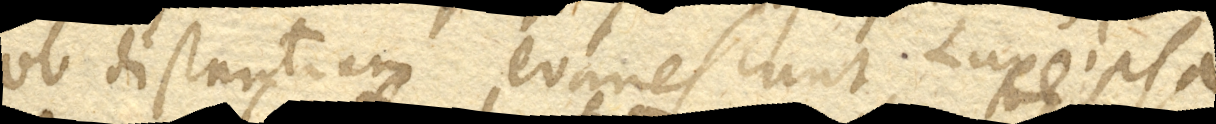
ob distantiam evanescunt, luce ipsa